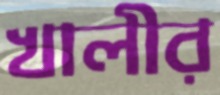
খালীর